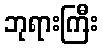
ဘုရားကြီး